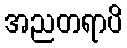
အညတရာပိ